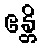
ဧန္တိ